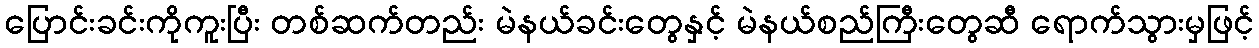
ပြောင်းခင်းကိုကူးပြီး တစ်ဆက်တည်း မဲနယ်ခင်းတွေနှင့် မဲနယ်စည်ကြီးတွေဆီ ရောက်သွားမှဖြင့်